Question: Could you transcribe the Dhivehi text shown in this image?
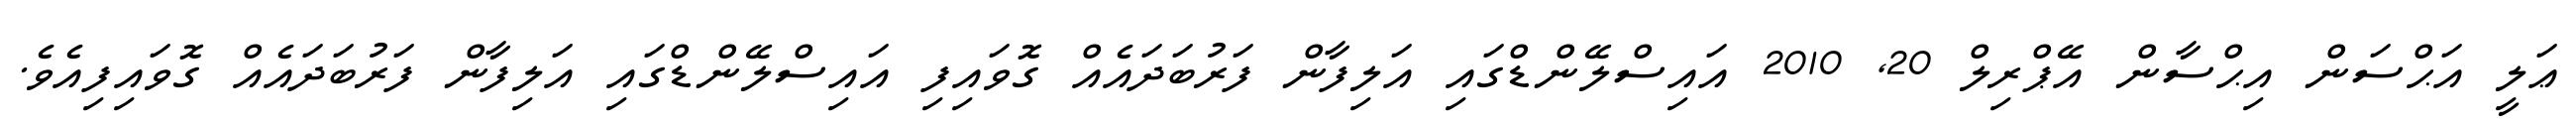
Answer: ޢަލީ އަޙްސަން އިޙްސާން އޭޕްރިލް 20, 2010 އައިސްލޭންޑްގައި އަލިފާން ފަރުބަދައެއް ގޮވައިފި އައިސްލޭންޑްގައި އަލިފާން ފަރުބަދައެއް ގޮވައިފިއެވެ.